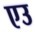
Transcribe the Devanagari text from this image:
एउ